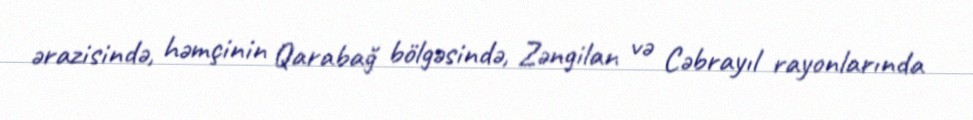
ərazisində, həmçinin Qarabağ bölgəsində, Zəngilan və Cəbrayıl rayonlarında